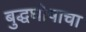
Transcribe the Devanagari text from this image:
बुद्धघोषाचा